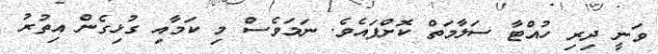
ވަނީ ދިރި ހުއްޓާ ސަލާމަތް ކޮށްފައެވެ. ނަމަވެސް މި ކަމާއި ގުޅިގެން އިތުރު